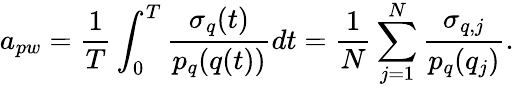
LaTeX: a_{pw}=\frac{1}{T}\int_{0}^{T}\frac{\sigma_{q}(t)}{p_{q}(q(t))}dt=\frac{1}{N}\sum_{j=1}^{N}\frac{\sigma_{q,j}}{p_{q}(q_{j})}.